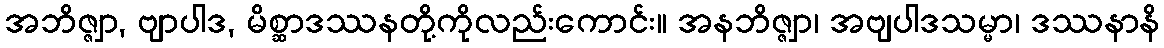
အဘိဇ္ဇျာ, ဗျာပါဒ, မိစ္ဆာဒဿနတို့ကိုလည်းကောင်း။ အနဘိဇ္ဇျာ၊ အဗျပါဒသမ္မာ၊ ဒဿနာနိ